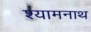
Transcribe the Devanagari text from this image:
श्यामनाथ